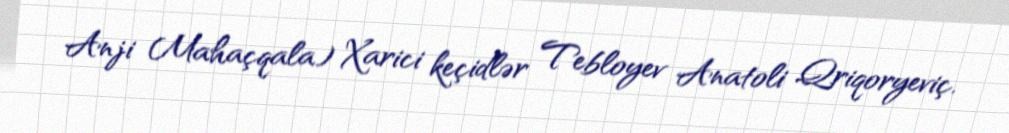
Anji Mahaçqala) Xarici keçidlər Tebloyev Anatoli Qriqoryeviç.